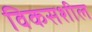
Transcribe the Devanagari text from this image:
विकसशील